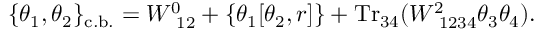
\{ \theta _ { 1 } , \theta _ { 2 } \} _ { \mathrm { c . b . } } = W _ { ~ 1 2 } ^ { 0 } + \left\{ \theta _ { 1 } [ \theta _ { 2 } , r ] \right\} + \mathrm { T r } _ { 3 4 } ( W _ { ~ 1 2 3 4 } ^ { 2 } \theta _ { 3 } \theta _ { 4 } ) .